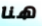
هنا